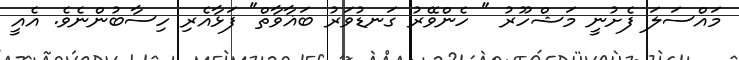
މައްސަލަ ފެށުނީ މަޝްހޫރު " ހެންވޭރު ގަނޑުވަރު ބަޣާވާތް" ފަޅާއެރި ހިސާބުންނެވެ. އެއީ